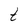
Character: t